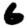
Digit: 6